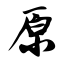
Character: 原